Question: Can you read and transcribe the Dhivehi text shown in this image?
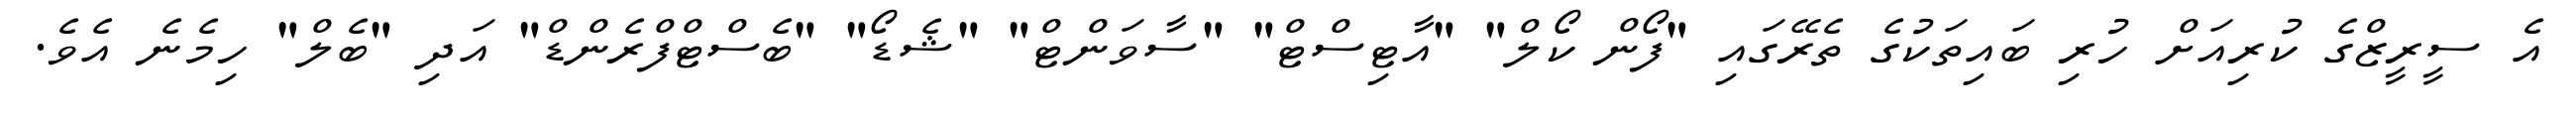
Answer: އެ ސީރީޒްގެ ކުރިއަށް ހުރި ބައިތަކުގެ ތެރޭގައި "ފޯން ކޯލް" "އާޓިސްޓް" "ސާވަންޓް" "ޝެޑޯ" "ބެސްޓްފްރެންޑް" އަދި "ބެލް" ހިމެނެ އެވެ.